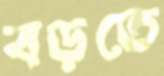
বড়তে